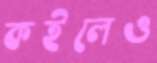
কইলেও